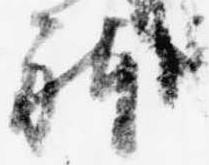
躰